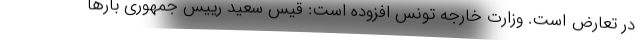
در تعارض است. وزارت خارجه تونس افزوده است: قیس سعید رییس جمهوری بارها